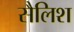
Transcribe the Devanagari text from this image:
सैलिश